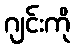
ဂျင်းကို